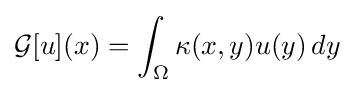
{\mathcal {G}}[u](x)=\int _{\Omega }\kappa (x,y)u(y)\,dy